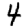
Digit: 4